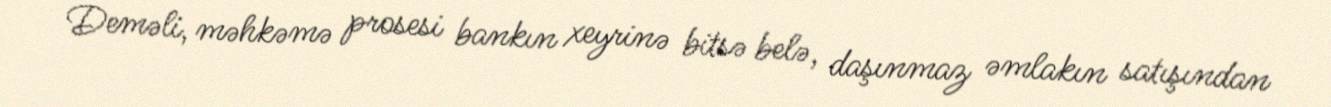
Deməli, məhkəmə prosesi bankın xeyrinə bitsə belə, daşınmaz əmlakın satışından